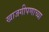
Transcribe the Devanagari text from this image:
खाजगीपणाच्या